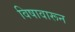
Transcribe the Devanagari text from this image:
विषावारून